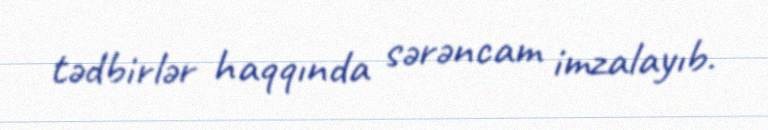
tədbirlər haqqında sərəncam imzalayıb.